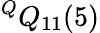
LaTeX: ^QQ_{11}(5)